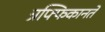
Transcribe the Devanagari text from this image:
त्रफ्फिकानते